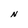
Character: N